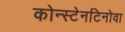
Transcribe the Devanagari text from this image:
कोन्स्टेनटिनोवा